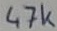
Text: 47k